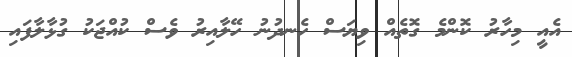
އެއީ މިހާރު ކޮންމެ ގޮތެއް ވިޔަސް ހެނދުނު ހޭލާއިރު ވެސް ކުއްޖަކު ގުޅާލާފައި